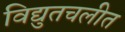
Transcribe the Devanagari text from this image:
विद्युतचलीत